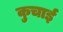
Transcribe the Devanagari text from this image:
कुचार्इ